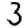
Digit: 3